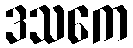
ဒသကေ